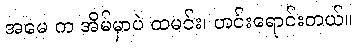
အမေ က အိမ်မှာပဲ ထမင်း၊ ဟင်းရောင်းတယ်။